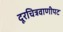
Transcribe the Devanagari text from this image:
दूरचित्रवाणीपट